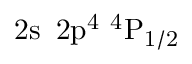
\mathrm { 2 s ~ \, 2 p ^ { 4 } ~ ^ { 4 } P _ { 1 / 2 } }